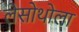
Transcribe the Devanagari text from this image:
लेसोथोला